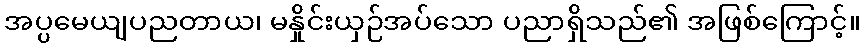
အပ္ပမေယျပညတာယ၊ မနှိုင်းယှဉ်အပ်သော ပညာရှိသည်၏ အဖြစ်ကြောင့်။